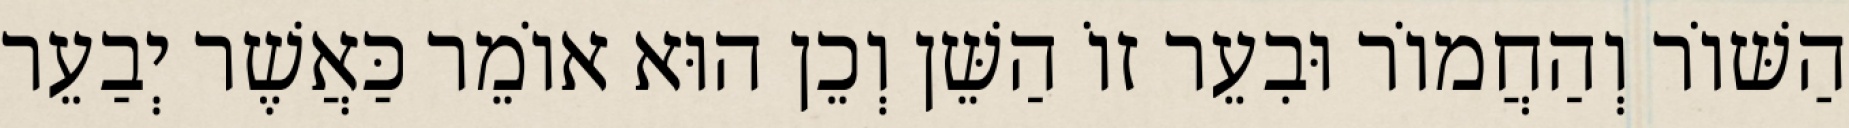
הַשּׁוֹר וְהַחֲמוֹר וּבִעֵר זוֹ הַשֵּׁן וְכֵן הוּא אוֹמֵר כַּאֲשֶׁר יְבַעֵר